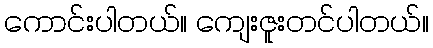
ကောင်းပါတယ်။ ကျေးဇူးတင်ပါတယ်။